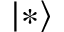
| * \rangle